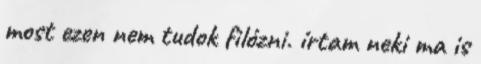
most ezen nem tudok filózni. írtam neki ma is